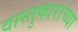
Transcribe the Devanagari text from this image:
वास्तुकारांच्या